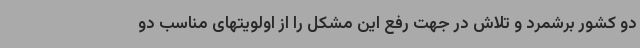
دو کشور برشمرد و تلاش در جهت رفع این مشکل را از اولویتهای مناسب دو